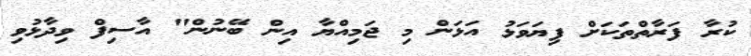
ކުރާ ފަރާތްތަކަށް ފިޔަވަޅު އަޅަން މި ޖަމިއްޔާ އިން ބޭނުން" އާސިފް ވިދާޅުވި